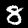
Digit: 8